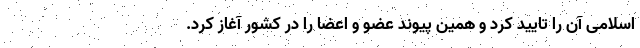
اسلامی آن را تایید کرد و همین پیوند عضو و اعضا را در کشور آغاز کرد.